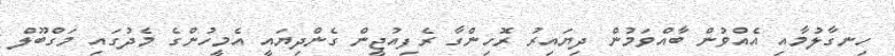
ހިނގާލުމާއި އެއްވުން ބާއްވަމުން ދިޔައިރު ރޮހިންގާ ރެފިއުޖީން ގެންދިޔައީ އެމީހުންގެ މެދުގައި މަގްބޫލް